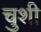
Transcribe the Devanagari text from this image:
चुशी